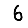
Digit: 6